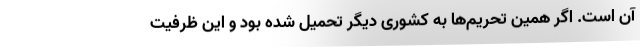
آن است. اگر همین تحریم‌ها به کشوری دیگر تحمیل شده بود و این ظرفیت